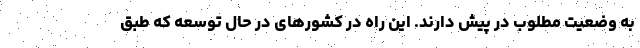
به وضعیت مطلوب در پیش دارند. این راه در کشورهای در حال توسعه که طبق